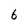
Character: 6